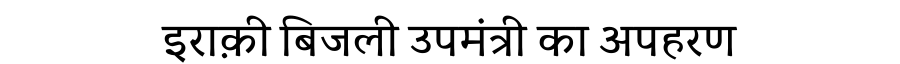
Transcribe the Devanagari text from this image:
इराक़ी बिजली उपमंत्री का अपहरण